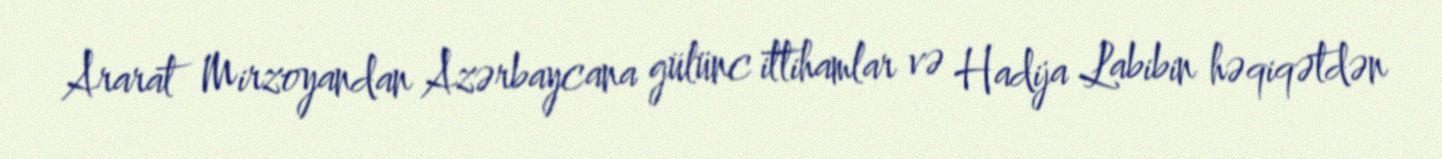
Ararat Mirzoyandan Azərbaycana gülünc ittihamlar və Hadija Labibin həqiqətdən